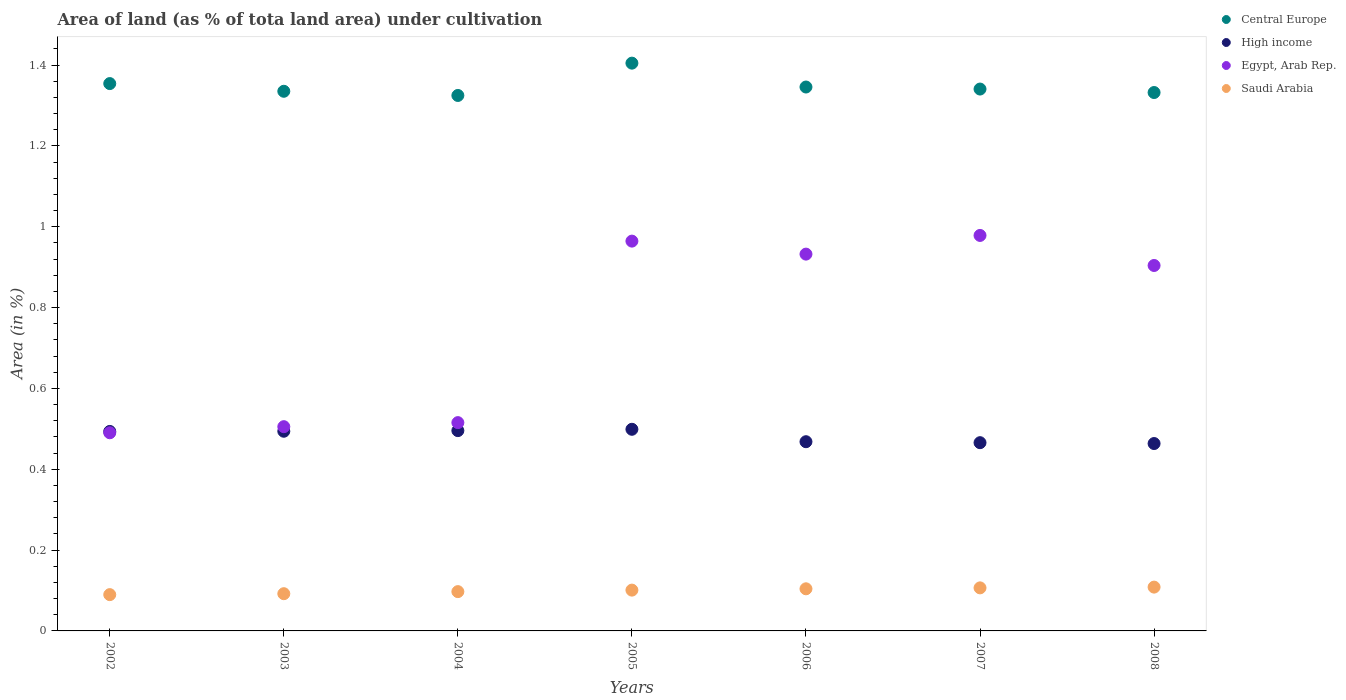
| Years | Central Europe | High income | Egypt, Arab Rep. | Saudi Arabia |
 | --- | --- | --- | --- | --- |
 | 2002 | 1.35 | 0.494 | 0.49 | 0.0898 |
 | 2003 | 1.34 | 0.494 | 0.505 | 0.0921 |
 | 2004 | 1.32 | 0.496 | 0.515 | 0.0972 |
 | 2005 | 1.4 | 0.499 | 0.964 | 0.101 |
 | 2006 | 1.35 | 0.468 | 0.932 | 0.104 |
 | 2007 | 1.34 | 0.466 | 0.978 | 0.107 |
 | 2008 | 1.33 | 0.464 | 0.904 | 0.108 |